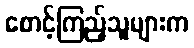
စောင့်ကြည့်သူများက